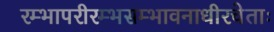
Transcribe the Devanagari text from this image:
रम्भापरीरम्भसम्भावनाधीरचेताः